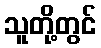
သူတို့တွင်